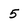
Character: 5